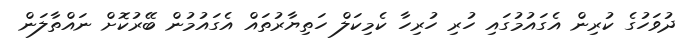
ދުވަހުގެ ކުރިން އެގައުމުގައި ހުރި ހުރިހާ ކެމިކަލް ހަތިޔާރުތައް އެގައުމުން ބޭރުކޮށް ނައްތާލަން